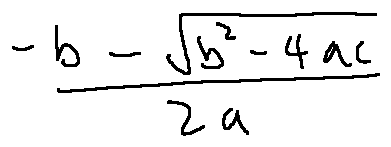
\frac { - b - \sqrt { b ^ { 2 } - 4 a c } } { 2 a }